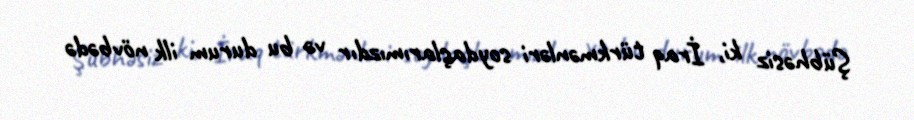
Şübhəsiz ki, İraq türkmənləri soydaşlarımızdır və bu durum ilk növbədə